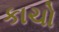
કાચો